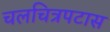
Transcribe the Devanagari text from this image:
चलचित्रपटास